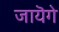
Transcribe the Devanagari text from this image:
जायॆगे